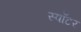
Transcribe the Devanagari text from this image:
स्पॉटर